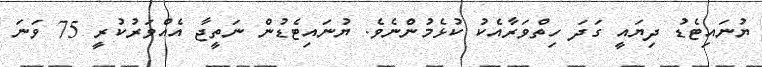
ޔުނައިޓެޑު ދިޔައީ ގަދަ ހިތްވަރާއެކު ކުޅެމުންނެވެ. ޔުނައިޓެޑުން ނަތީޖާ އެއްވަރުކުރީ 75 ވަނަ